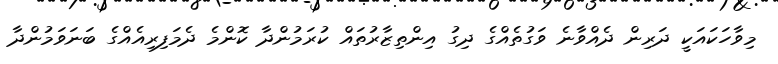
މިވާހަކައަކީ ދަރިން ދެއްވާނެ ވަގުތެއްގެ ދިގު އިންތިޒާރުތައް ކުރަމުންދާ ކޮންމެ ދެމަފިރިއެއްގެ ބަނަވަމުންދާ